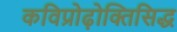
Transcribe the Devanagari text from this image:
कविप्रोढ़ोक्तिसिद्ध